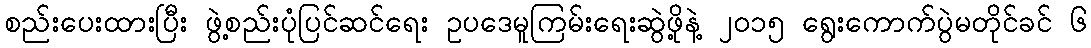
စည်းပေးထားပြီး ဖွဲ့စည်းပုံပြင်ဆင်ရေး ဥပဒေမူကြမ်းရေးဆွဲဖို့နဲ့ ၂၀၁၅ ရွေးကောက်ပွဲမတိုင်ခင် ၆